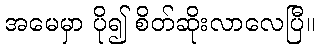
အမေမှာ ပို၍ စိတ်ဆိုးလာလေပြီ။